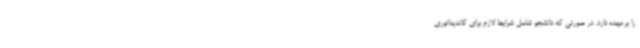
را برعهده دارد. در صورتی که دانشجو شامل شرایط لازم برای کاندیداتوری